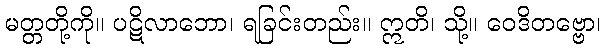
မတ္တတို့ကို။ ပဋိလာဘော၊ ရခြင်းတည်း။ ဣတိ၊ သို့။ ဝေဒိတဗ္ဗော၊